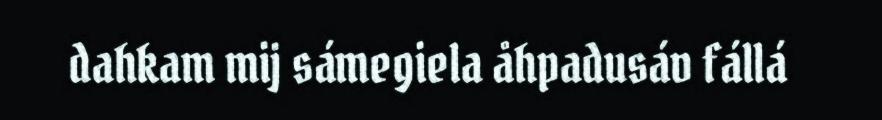
dahkam mij sámegiela åhpadusáv fállá